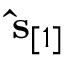
\ensuremath { \mathbf { \hat { s } } } _ { [ 1 ] }